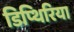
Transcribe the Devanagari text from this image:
डिप्थिरिया